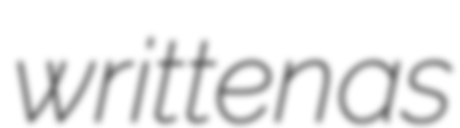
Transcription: written as